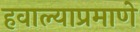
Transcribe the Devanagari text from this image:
हवाल्याप्रमाणे